Report on vaccination in the Province of Bengal - 1869-1873
Year: 1869
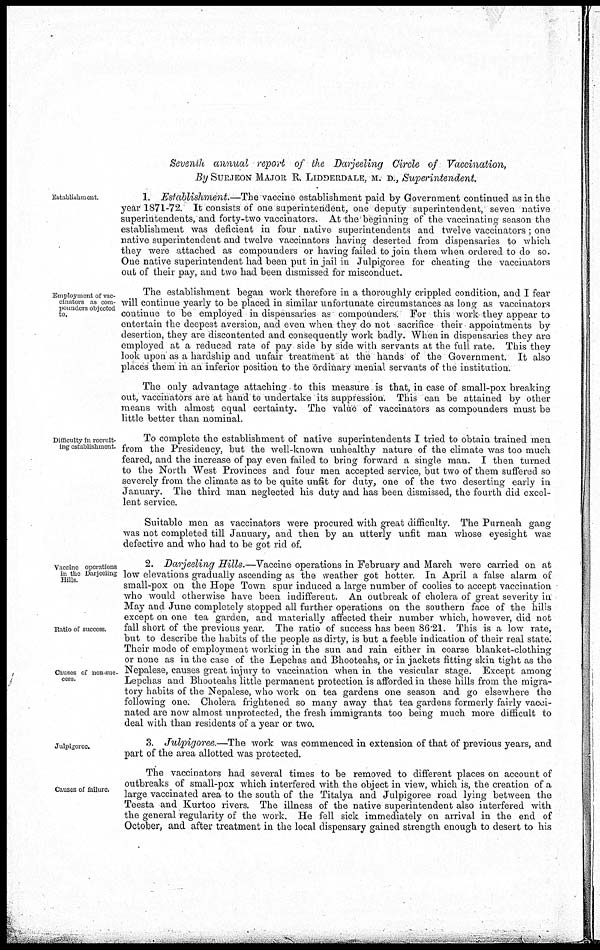
Seventh annual report of the Darjeeling Circle of
Vaccination,
By SURJEON MAJOR R. LIDDERDALE, M. D., Superintendent.
Establishment.
1. Establishment.—The vaccine establishment paid by Government continued as in the
year 1871-72. It consists of one superintendent, one deputy superintendent, seven native
superintendents, and forty-two vaccinators. At the beginning of the vaccinating season the
establishment was deficient in four native superintendents and twelve vaccinators; one
native superintendent and twelve vaccinators having deserted from dispensaries to which
they were attached as compounders or having failed to join them when ordered to do so.
One native superintendent had been put in jail in Julpigoree for cheating the vaccinators
out of their pay, and two had been dismissed for misconduct.
Employment of vac-
cinators as com-
pounders objected
to.
The establishment began work therefore in a thoroughly crippled condition, and I fear
will continue yearly to be placed in similar unfortunate circumstances as long as vaccinators
continue to be employed in dispensaries as compounders. For this work they appear to
entertain the deepest aversion, and even when they do not sacrifice their appointments by
desertion, they are discontented and consequently work badly. When in dispensaries they are
employed at a reduced rate of pay side by side with servants at the full rate. This they
look upon as a hardship and unfair treatment at the hands of the Government. It also
places them in an inferior position to the ordinary menial servants of the institution.
The only advantage attaching to this measure is that, in case of small-pox breaking
out, vaccinators are at hand to undertake its suppression. This can be attained by other
means with almost equal certainty. The value of vaccinators as compounders must be
little better than nominal.
Difficulty in recruit-
ing establishment.
To complete the establishment of native superintendents I tried to obtain trained men
from the Presidency, but the well-known unhealthy nature of the climate was too much
feared, and the increase of pay even failed to bring forward a single man. I then turned
to the North West Provinces and four men accepted service, but two of them suffered so
severely from the climate as to be quite unfit for duty, one of the two deserting early in
January. The third man neglected his duty and has been dismissed, the fourth did excel-
lent service.
Suitable men as vaccinators were procured with great difficulty. The Purneah gang
was not completed till January, and then by an utterly unfit man whose eyesight was
defective and who had to be got rid of.
Vaccine operations
in the Darjeeling
Hills.
Ratio of success.
Causes of non-suc-
cess.
2. Darjeeling Hills.— Vaccine operations in February and March were carried on at
low elevations gradually ascending as the weather got hotter. In April a false alarm of
small-pox on the Hope Town spur induced a large number of coolies to accept vaccination
who would otherwise have been indifferent. An outbreak of cholera of great severity in
May and June completely stopped all further operations on the southern face of the hills
except on one tea garden, and materially affected their number which, however, did not
fall short of the previous year. The ratio of success has been 86.21. This is a low rate,
but to describe the habits of the people as dirty, is but a feeble indication of their real state.
Their mode of employment working in the sun and rain either in coarse blanket-clothing
or none as in the case of the Lepchas and Bhooteahs, or in jackets fitting skin tight as the
Nepalese, causes great injury to vaccination when in the vesicular stage. Except among
Lepchas and Bhooteahs little permanent protection is afforded in these hills from the migra-
tory habits of the Nepalese, who work on tea gardens one season and go elsewhere the
following one. Cholera frightened so many away that tea gardens formerly fairly vacci-
nated are now almost unprotected, the fresh immigrants too being much more difficult to
deal with than residents of a year or two.
Julpigoree.
3. Julpigoree.—The work was commenced in extension of that of previous years, and
part of the area allotted was protected.
Causes of failure.
The vaccinators had several times to be removed to different places on account of
outbreaks of small-pox which interfered with the object in view, which is, the creation of a
large vaccinated area to the south of the Titalya and Julpigoree road lying between the
Teesta and Kurtoo rivers. The illness of the native superintendent also interfered with
the general regularity of the work. He fell sick immediately on arrival in the end of
October, and after treatment in the local dispensary gained strength enough to desert to his